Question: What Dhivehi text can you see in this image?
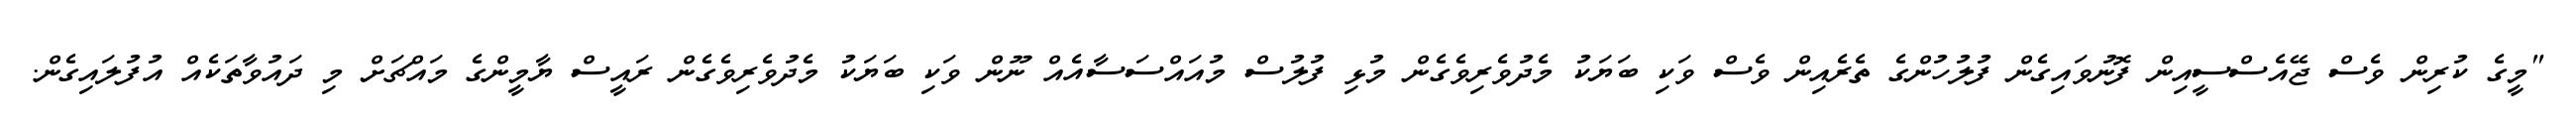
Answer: "މީގެ ކުރިން ވެސް ޖޭއެސްސީއިން ފޮނުވައިގެން ފުލުހުންގެ ތެރެއިން ވެސް ވަކި ބަޔަކު މެދުވެރިވެގެން މުޅި ފުލުސް މުއައްސަސާއެއް ނޫން ވަކި ބަޔަކު މެދުވެރިވެގެން ރައީސް ޔާމީންގެ މައްޗަށް މި ދައުވާތަކެއް އުފުލައިގެން.